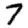
Digit: 7